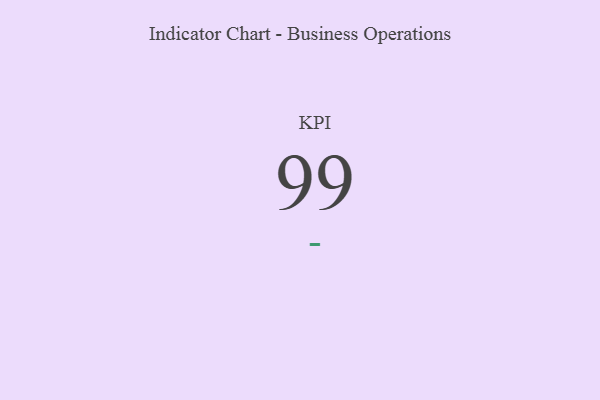
{"axis": {"x": "KPI", "y": "Value"}, "legend": [""], "data": [{"x": "KPI", "y": 99, "type": ""}]}